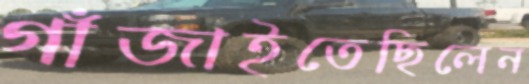
গাঁজাইতেছিলেন